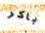
باكر